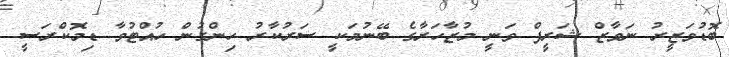
ބޮޑުވަޒީރު ނަވާޒް ޝަރީފް ވަނީ މުޒާހަރާގެ ބޭނުމަކީ ސަރުކާރު ހިންގުން ހުއްޓުވާ ޑިމޮކްރަސީ